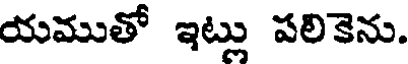
యముతో ఇట్లు పలికెను.